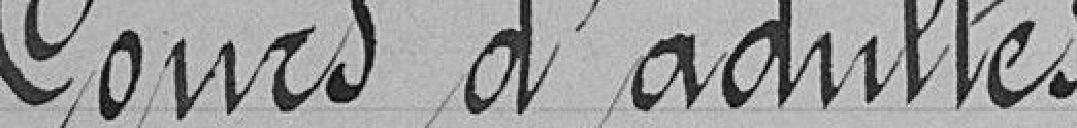
Cours d'adultes